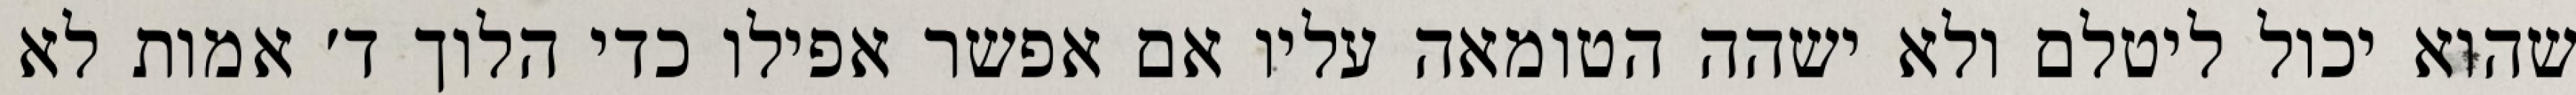
שהוא יכול ליטלם ולא ישהה הטומאה עליו אם אפשר אפילו כדי הלוך ד׳ אמות לא